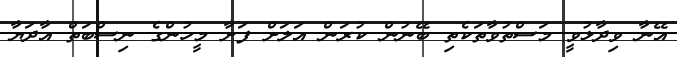
އޭނާ ވިދާޅުވީ މަސްތުވާތަކެތި ބޭނުން ކުރަން އަލަށް ފަށާ މީހުންގެ ނިސްބަތް އާދަޔާ